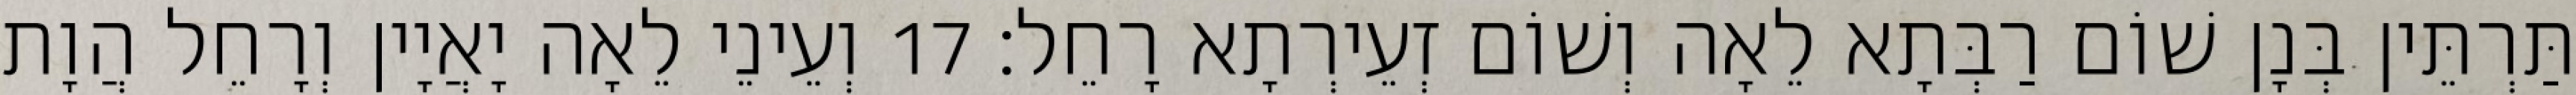
תַּרְתֵּין בְּנָן שׁוֹם רַבְּתָא לֵאָה וְשׁוֹם זְעֵירְתָא רָחֵל׃ 17 וְעֵינֵי לֵאָה יָאֲיָין וְרָחֵל הֲוָת